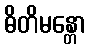
ဓိတိမန္တော